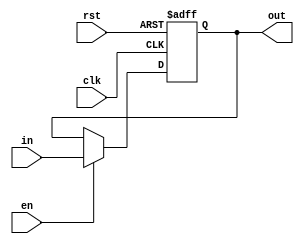
module Register(in, clk, en, rst, out);
    parameter N = 32;

    input [N-1:0] in;
    input clk, rst, en;

    output reg [N-1:0] out;
    
    always @(posedge clk or posedge rst) begin
        if(rst)
            out <= {N{1'b0}};
        else if(en)
            out <= in;
    end

endmodule